system: You are a helpful assistant.
user:
Analyze the provided spectrum to determine if it is a **"Cataclysmic Variables (CV)"**.

- **Key Indicators for CV (Check for either state):**
    - **State 1: Quiescent / Low-State (Emission-Dominated)**
        - **(Primary):** Strong and *very broad* Hydrogen Balmer emission lines (e.g., $H\alpha$ at 6563 Å, $H\beta$ at 4861 Å). The 'broadness' (high velocity dispersion, often FWHM > 1000 km/s) is the key diagnostic, indicating a high-velocity accretion disk.
        - **(Secondary):** Broad neutral Helium (He I) emission lines (e.g., 5876 Å, 6678 Å).
        - **(Key Confirmation):** Presence of high-excitation *ionized* Helium (He II) emission at 4686 Å. This is a strong indicator of accretion onto a white dwarf.
        - **(Line Profile):** Emission lines may exhibit a 'double-peaked' profile, which is a classic signature of a rotating accretion disk viewed at high inclination.

    - **State 2: Outburst / High-State (Absorption-Dominated)**
        - **(Primary):** Spectrum is dominated by a bright, blue continuum (looks like a hot star).
        - **(Secondary):** The emission lines from State 1 are weak, absent, or 'filled in', and are replaced by broad, shallow *absorption* lines (primarily Balmer and He I).
        - **(Morphology):** The overall spectrum mimics a hot B/A-type star. The crucial difference is that the absorption lines are significantly broader, shallower, and more 'washed-out' (or 'smeared') than the sharp lines of a normal stellar photosphere, due to high rotational speeds and pressure broadening in the disk.

Think first, call **spectral_visualization_tool** if needed to examine features in detail, then provide your final answer. Your response must adhere to the following strict rules:
1.  **Overall Structure:** Your response must follow the format `<think>...</think> <tool_call>...</tool_call> (if a tool is used) <answer>...</answer>`.
2.  **Tool Usage Constraint:** You may only make **one** tool call per turn.
3.  **Final Answer Format:** In the `<answer>` tag, your conclusion must be inside a `\boxed{}` command (e.g., `\boxed{YES}`), followed by your justification.

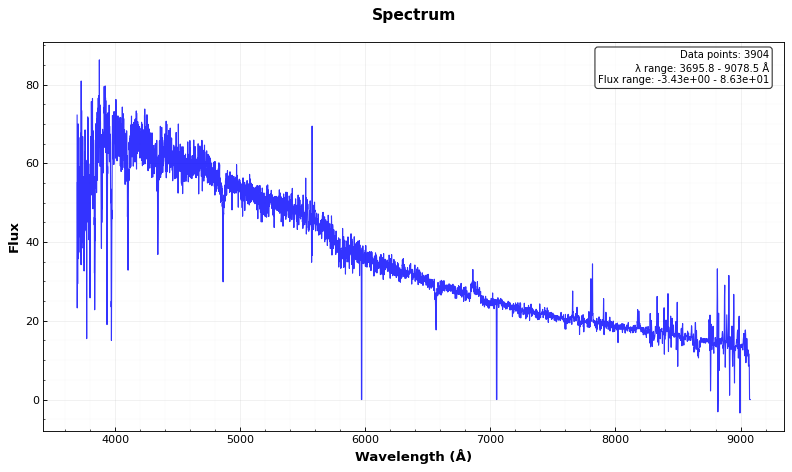
Answer: NO